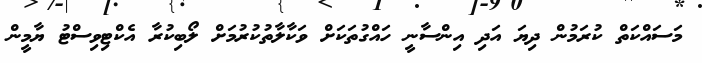
މަސައްކަތް ކުރަމުން ދިޔަ އަދި އިންސާނީ ހައްގުތަކަށް ވަކާލާތުކުރުމަށް ލޯބިކުރާ އެކްޓިވިސްޓު ޔާމީން